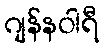
ဂျန်နဝါရီ